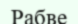
Рабве